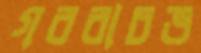
গরবাচভ